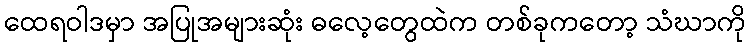
ထေရဝါဒမှာ အပြုအများဆုံး ဓလေ့တွေထဲက တစ်ခုကတော့ သံဃာကို